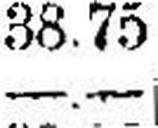
—.—